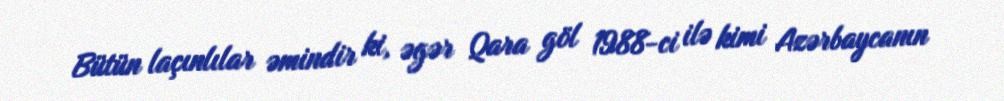
Bütün laçınlılar əmindir ki, əgər Qara göl 1988-ci ilə kimi Azərbaycanın